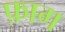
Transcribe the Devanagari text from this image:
फ़ाग